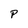
Character: P